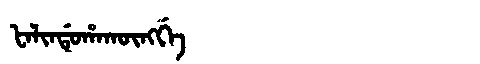
Manchu: ᡶᠠᠯᡳᠨᡩᡠᡥᠠᡴᡡᠩᡤᡝ
Romanization: FALINDUHAKŪNGGE